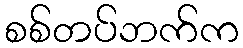
စစ်တပ်ဘက်က